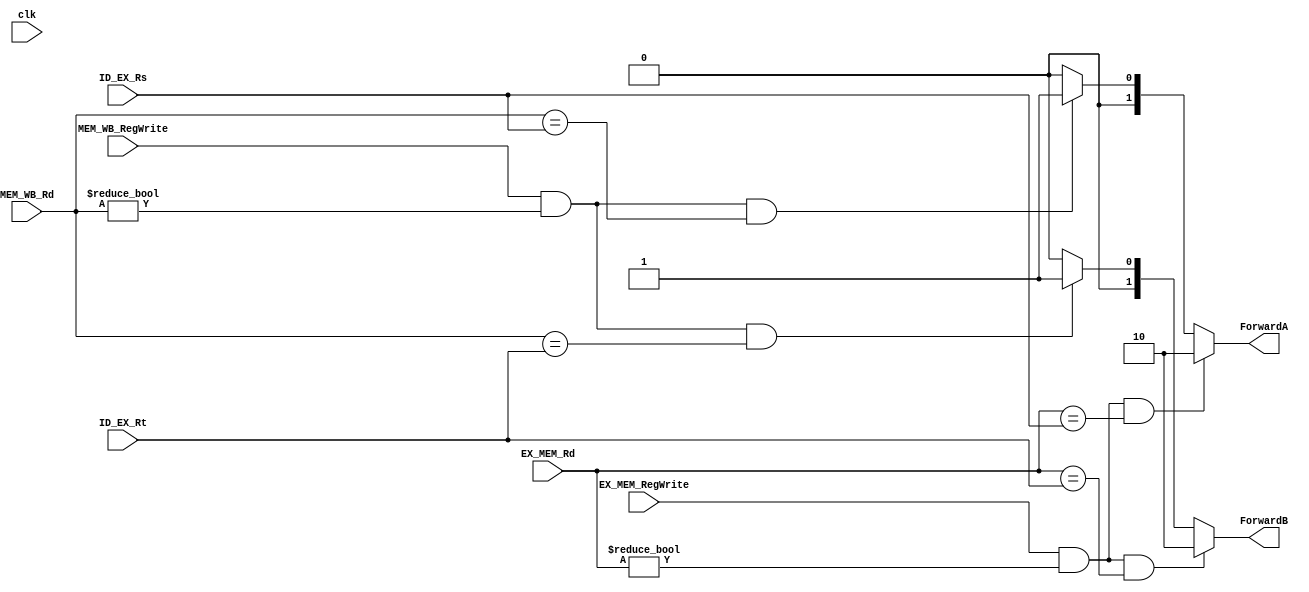
module Forwarding(
    input clk,
    input [4:0]ID_EX_Rs,
    input [4:0]ID_EX_Rt,
    input [4:0]EX_MEM_Rd,
    input [4:0]MEM_WB_Rd,
    input EX_MEM_RegWrite,
    input MEM_WB_RegWrite,

    output reg [1:0]ForwardA,
    output reg [1:0]ForwardB
);
initial begin
    ForwardA = 2'b00;
    ForwardB = 2'b00;
end
// posedge 
always @(clk)begin
    if(EX_MEM_RegWrite == 1 &&
        EX_MEM_Rd != 0 &&
        EX_MEM_Rd == ID_EX_Rs)begin

        ForwardA = 2'b10;
    end

    else if(MEM_WB_RegWrite == 1 &&
        MEM_WB_Rd != 0 &&
        MEM_WB_Rd == ID_EX_Rs)begin

        ForwardA=2'b01;
    end

    else begin
        ForwardA=2'b00;
    end



    if(EX_MEM_RegWrite == 1 &&
        EX_MEM_Rd != 0 &&
        EX_MEM_Rd == ID_EX_Rt)begin

        ForwardB = 2'b10;
    end



    else if(MEM_WB_RegWrite == 1 &&
        MEM_WB_Rd != 0 &&
        MEM_WB_Rd == ID_EX_Rt)begin

        ForwardB = 2'b01;
    end

    else begin
        ForwardB = 2'b00;
    end
end



endmodule